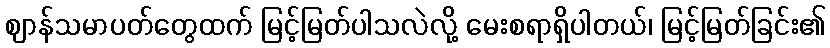
ဈာန်သမာပတ်တွေထက် မြင့်မြတ်ပါသလဲလို့ မေးစရာရှိပါတယ်၊ မြင့်မြတ်ခြင်း၏